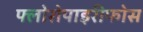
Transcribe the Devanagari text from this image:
फ्लोरोपाइरीफोस